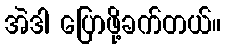
အဲဒါ ပြောဖို့ခက်တယ်။